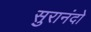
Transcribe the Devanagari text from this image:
सुरानंदो